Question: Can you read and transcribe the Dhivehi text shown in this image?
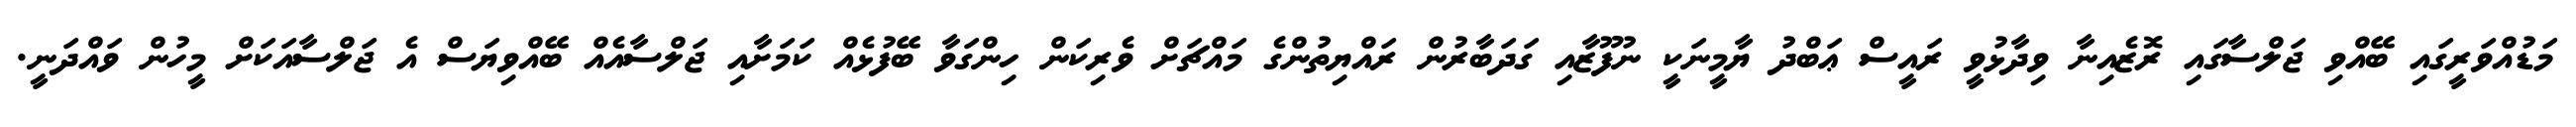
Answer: މަޑުއްވަރީގައި ބޭއްވި ޖަލްސާގައި ރޮޒެއިނާ ވިދާޅުވީ ރައީސް ޢަބްދު ޔާމީނަކީ ނުފޫޒާއި ގަދަބާރުން ރައްޔިތުންގެ މައްޗަށް ވެރިކަން ހިންގަވާ ބޭފުޅެއް ކަމަށާއި ޖަލްސާއެއް ބޭއްވިޔަސް އެ ޖަލްސާއަކަށް މީހުން ވައްދަނީ.